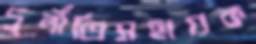
দুর্নীতিসহায়ক